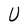
Character: U